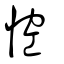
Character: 悾